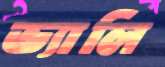
ভ্যালি